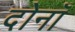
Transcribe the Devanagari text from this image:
दोनाँ